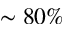
\sim 8 0 \%